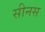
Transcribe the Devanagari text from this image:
सीनस